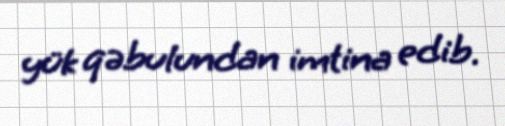
yük qəbulundan imtina edib.